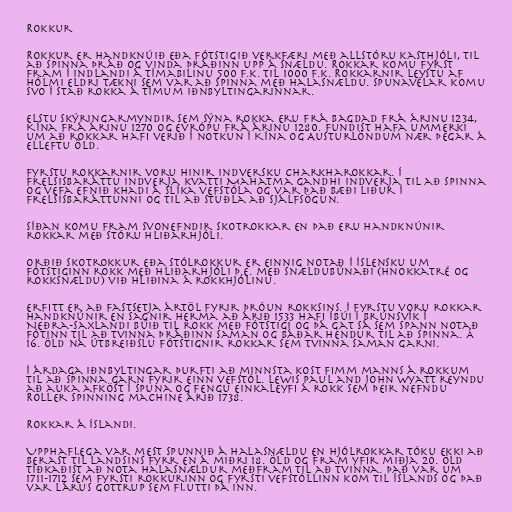
Rokkur

Rokkur er handknúið eða fótstigið verkfæri með allstóru kasthjóli, til
að spinna þráð og vinda þráðinn upp á snældu. Rokkar komu fyrst
fram í Indlandi á tímabilinu 500 f.k. til 1000 f.k. Rokkarnir leystu af
hólmi eldri tækni sem var að spinna með halasnældu. Spunavélar komu
svo í stað rokka á tímum Iðnbyltingarinnar.

Elstu skýringarmyndir sem sýna rokka eru frá Bagdad frá árinu 1234,
Kína frá árinu 1270 og Evrópu frá árinu 1280. Fundist hafa ummerki
um að rokkar hafi verið í notkun í Kína og Austurlöndum nær þegar á
elleftu öld.

Fyrstu rokkarnir voru hinir indversku charkharokkar. Í
frelsisbaráttu Indverja kvatti Mahatma Gandhi Indverja til að spinna
og vefa efnið khadi á slíka vefstóla og var það bæði liður í
frelsisbaráttunni og til að stuðla að sjálfsögun.

Síðan komu fram svonefndir skotrokkar en það eru handknúnir
rokkar með stóru hliðarhjóli.

Orðið skotrokkur eða stólrokkur er einnig notað í íslensku um
fótstiginn rokk með hliðarhjóli þ.e. með snældubúnaði (hnokkatré og
rokksnældu) við hliðina á rokkhjólinu.

Erfitt er að fastsetja ártöl fyrir þróun rokksins. Í fyrstu voru rokkar
handknúnir en sagnir herma að árið 1533 hafi íbúi í Brúnsvík í
Neðra-Saxlandi búið til rokk með fótstigi og þá gat sá sem spann notað
fótinn til að tvinna þráðinn saman og báðar hendur til að spinna. Á
16. öld ná útbreiðslu fótstignir rokkar sem tvinna saman garni.

Í árdaga Iðnbyltingar þurfti að minnsta kost fimm manns á rokkum
til að spinna garn fyrir einn vefstól. Lewis Paul and John Wyatt reyndu
að auka afköst í spuna og fengu einkaleyfi á rokk sem þeir nefndu
Roller Spinning machine árið 1738.

Rokkar á Íslandi.

Upphaflega var mest spunnið á halasnældu en hjólrokkar tóku ekki að
berast til landsins fyrr en á miðri 18. öld og fram yfir miðja 20. öld
tíðkaðist að nota halasnældur meðfram til að tvinna. Það var um
1711-1712 sem fyrsti rokkurinn og fyrsti vefstóllinn kom til Íslands og það
var Lárus Gottrup sem flutti þá inn.